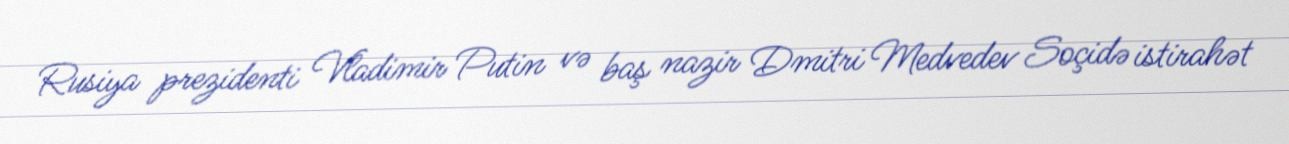
Rusiya prezidenti Vladimir Putin və baş nazir Dmitri Medvedev Soçidə istirahət